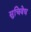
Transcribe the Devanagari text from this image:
सुचिवेध